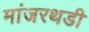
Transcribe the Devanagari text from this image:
मांजरथडी